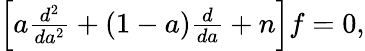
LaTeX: \begin{array}{r}{\left[a\frac{d^{2}}{da^{2}}+(1-a)\frac{d}{da}+n\right]f=0,}\end{array}